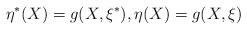
LaTeX: \begin{align*} \eta^{\ast}(X)=g(X,\xi^{\ast}), \eta(X)=g(X,\xi)\end{align*}